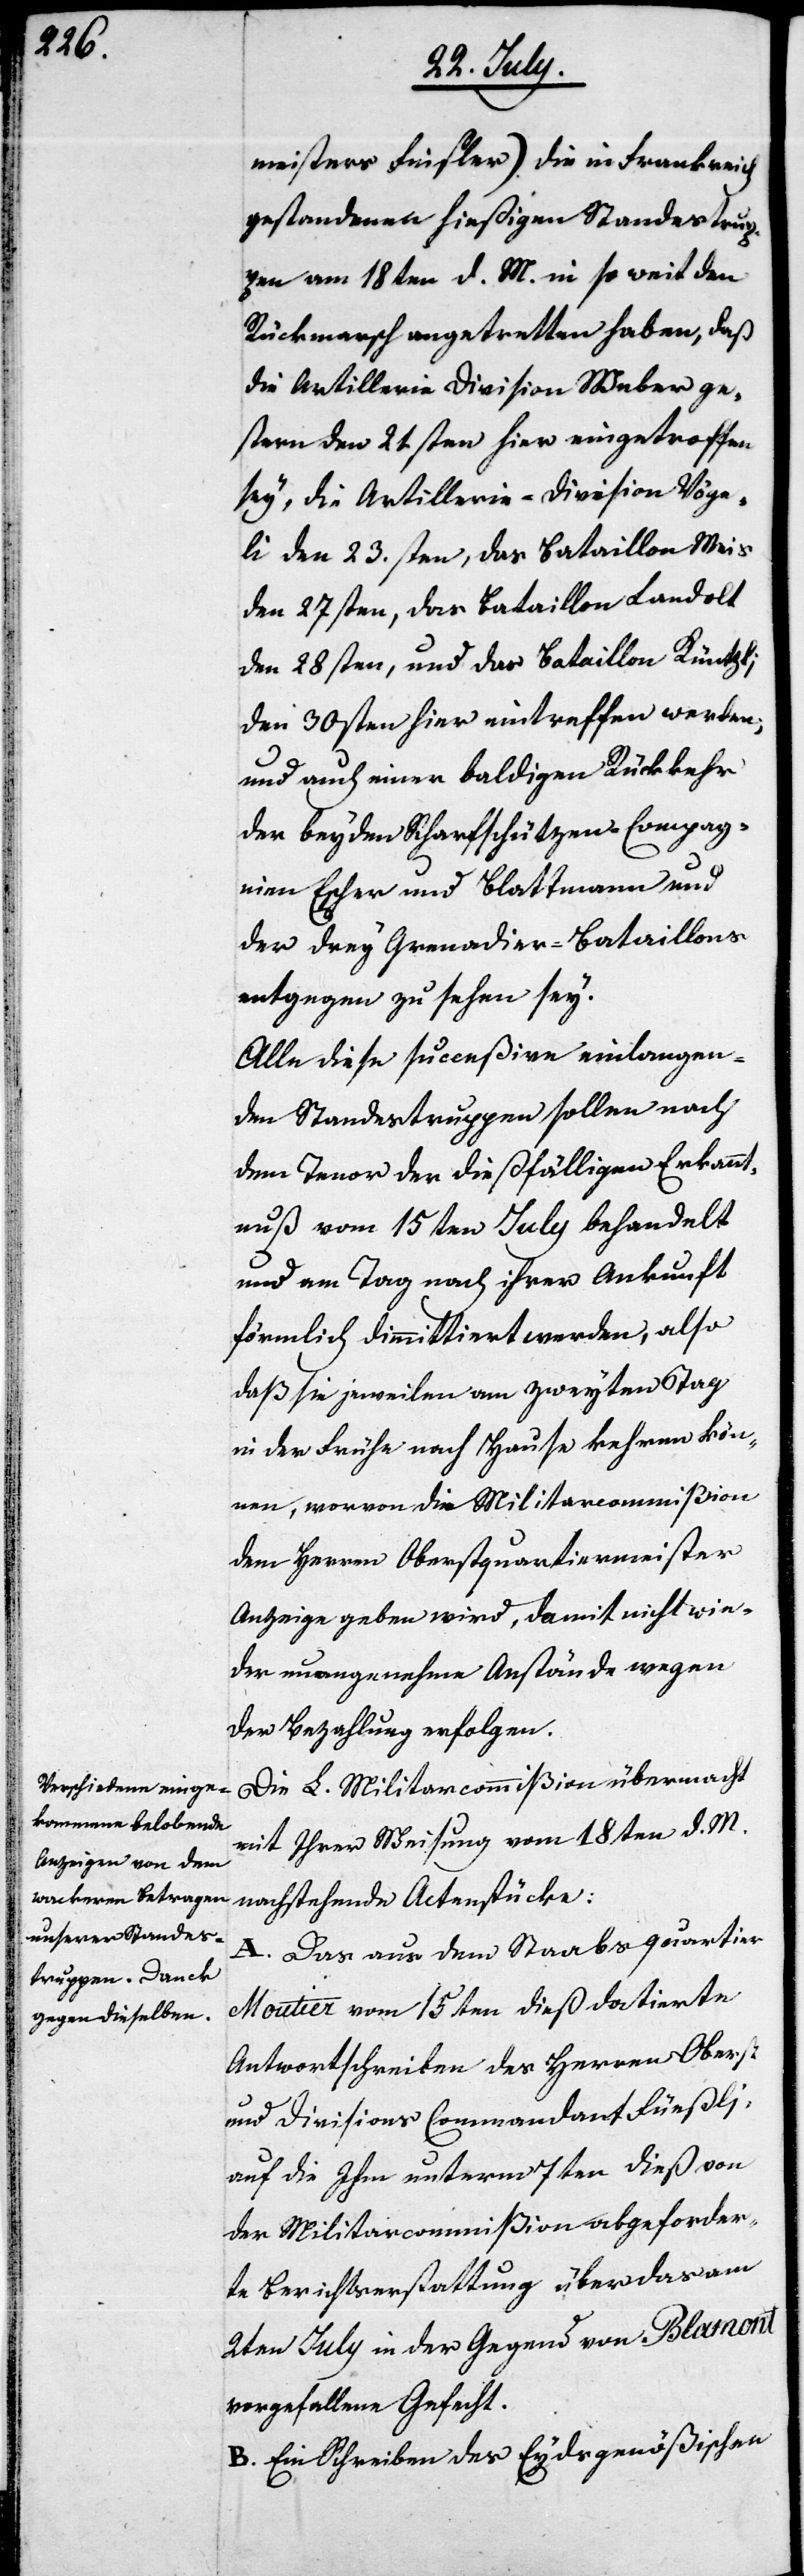
meisters Finsler) die in Frankreich
gestandenen hießigen Standestrup¬
pen am 18ten d. M. in so weit den
Rückmarsch angetretten haben, daß
die Artillerie Division Weber ge¬
stern den 21sten hier eingetroffen
sey, die Artillerie-Division Vöge¬
li den 23sten, das Bataillon Meis
den 27sten, das Bataillon Landolt
den 28sten, und das Bataillon Küntzli,
den 30sten hier eintreffen werden;
und auch einer baldigen Rückkehr
der beyden Scharfschützen-Compag¬
nien Escher und Blattmann und
der drey Grenadier-Bataillons
entgegen zu sehen sey.
Alle diese succeßive einlangen¬
den Standestruppen sollen nach
dem Tenor der dießfälligen Erkannt¬
nuß vom 15ten July behandelt
und am Tag nach ihrer Ankunft
förmlich dimmittiert werden, also
daß sie jeweilen am zweyten Tag
in der Frühe nach Hause kehren kön¬
nen, wovon die Militarcommißion
dem Herren Oberstquartiermeister
Anzeige geben wird, damit nicht wie¬
der unangenehme Anstände wegen
der Bezahlung erfolgen.
Die L. Militarcommißion übermacht
mit Ihrer Weisung vom 18ten d. M.
nachstehende Actenstücke:
A. Das aus dem Staabsquartier
Moutier vom 15ten dieß datierte
Antwortschreiben des Herren Oberst
und Divisions Commandant Füßli,
auf die Ihm unterm 7ten dieß von
der Militarcommißion abgeforder¬
te Berichterstattung über das am
21sten July in der Gegend von Blamont
vorgefallene Gefecht.